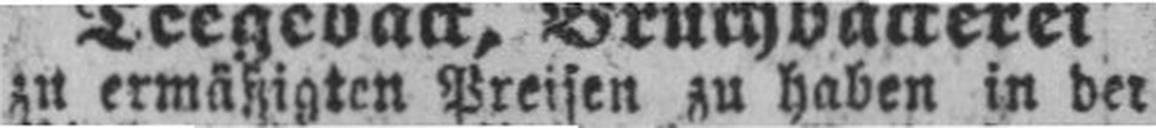
zu ermäßigten Preisen zu haben in der